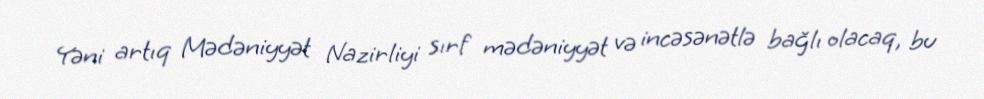
Yəni artıq Mədəniyyət Nazirliyi sırf mədəniyyət və incəsənətlə bağlı olacaq, bu